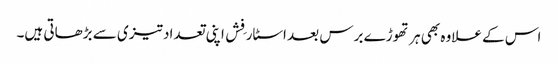
اس کے علاوہ بھی ہر تھوڑے برس بعد اسٹار فِش اپنی تعداد تیزی سے بڑھاتی ہیں۔